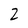
Character: 2